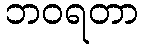
ဘဝရတာ